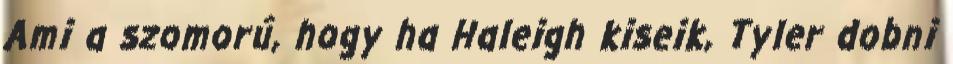
Ami a szomorú, hogy ha Haleigh kiseik, Tyler dobni